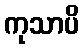
ကုသာပိ